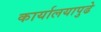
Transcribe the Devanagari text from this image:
कार्यालयापुढे